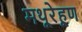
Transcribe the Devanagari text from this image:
मथूरेहूण